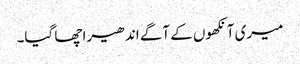
میری آنکھوں کے آگے اندھیرا چھا گیا۔